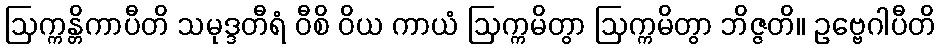
ဩက္ကန္တိကာပီတိ သမုဒ္ဒတီရံ ဝီစိ ဝိယ ကာယံ ဩက္ကမိတွာ ဩက္ကမိတွာ ဘိဇ္ဇတိ။ ဥဗ္ဗေဂါပီတိ